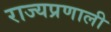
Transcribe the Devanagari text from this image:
राज्यप्रणाली